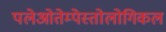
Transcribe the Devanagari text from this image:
पलेओतेम्पेस्तोलोगिकल